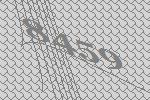
8459